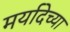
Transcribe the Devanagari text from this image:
मर्यादेच्या